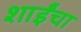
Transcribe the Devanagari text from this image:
शाईंचा